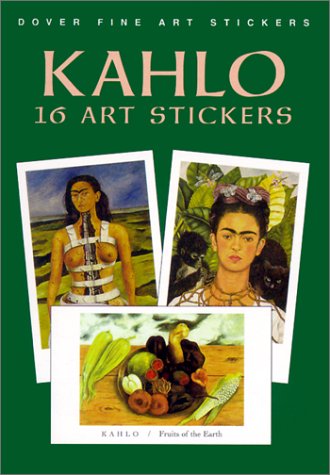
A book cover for Kahlo: 16 Art Stickers (Dover Art Stickers); Frida Kahlo; Arts & Photography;